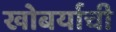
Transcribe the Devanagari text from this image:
खोबर्याची